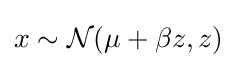
x\sim {\mathcal {N}}(\mu +\beta z,z)